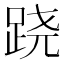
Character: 跷